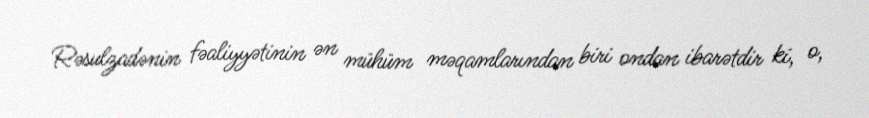
Rəsulzadənin fəaliyyətinin ən mühüm məqamlarından biri ondan ibarətdir ki, o,